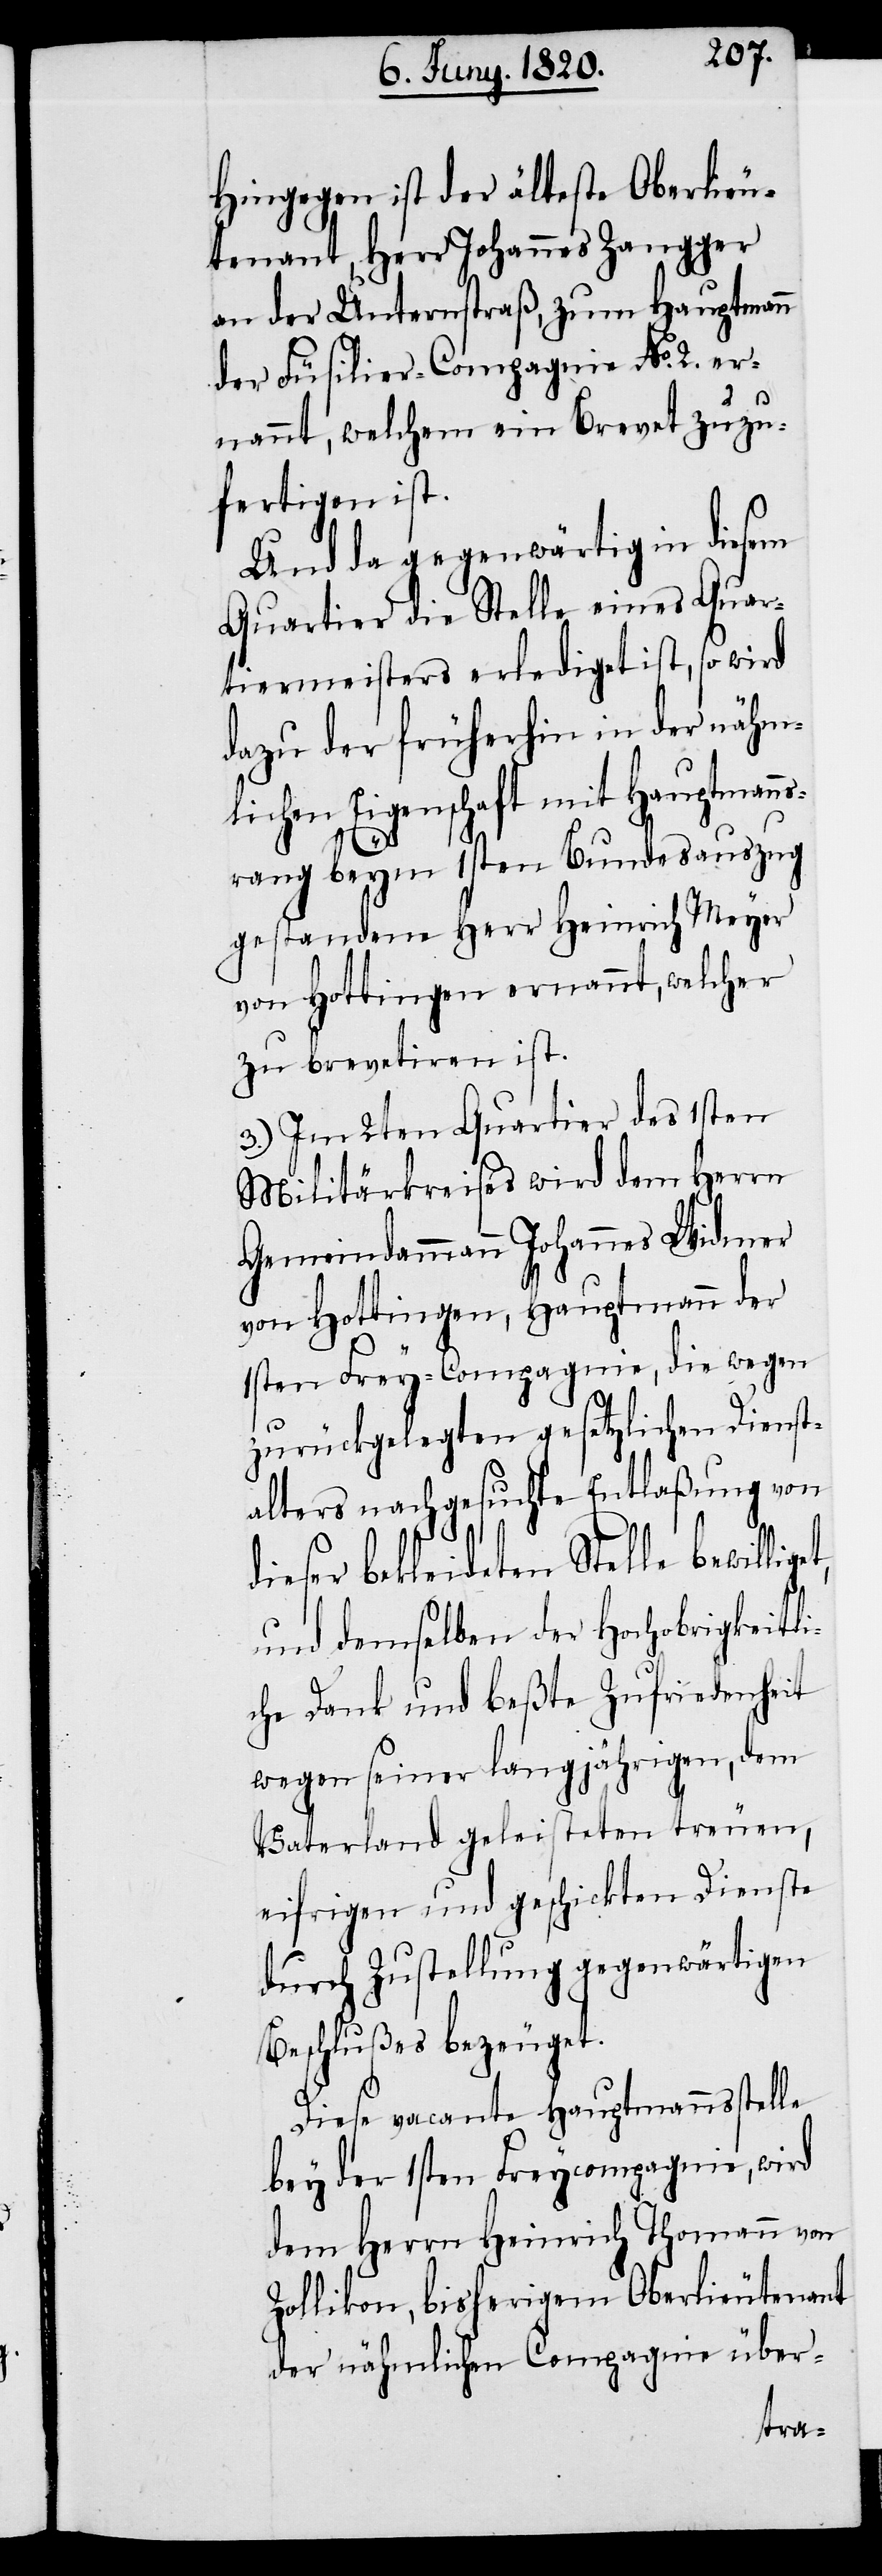
Hingegen ist der älteste Oberlieu¬
tenant, Herr Johannes Zangger
an der Unterstraß, zum Hauptmann
der Füsilier-Compagnie No. 2. er¬
nannt, welchem ein Brevet zuzu¬
fertigen ist.
Und da gegenwärtig in diesem
Quartier die Stelle eines Quar¬
tiermeisters erlediget ist, so wird
dazu der früherhin in der nähm¬
lichen Eigenschaft mit Hauptmann¬
srang beym 1sten Bundesauszug
gestandene Herr Heinrich Meyer
von Hottingen ernannt, welcher
zu brevetiren ist.
3.) Im 2ten Quartier des 1sten
Militärkreises wird dem Herrn
Gemeindammann Johannes Widmer
von Hottingen, Hauptmann der
1sten Frey-Compagnie, die wegen
zurückgelegten gesetzlichen Dienst¬
alters nachgesuchte Entlaßung von
dieser bekleideten Stelle bewillige¬
und demselben der Hochobrigkeitli¬
che Dank und beßte Zufriedenheit
wegen seiner langjährigen, dem
Vaterland geleisteten treuen,
eifrigen und geschickten Dienste
durch Zustellung gegenwärtigen
Beschlußes bezeuget.
Diese vacante Hauptmannsstelle
bey der 1sten Freycompagnie, wird
dem Herrn Heinrich Thomann von
Zollikon, bisherigem Oberlieutenant
der nähmlichen Compagnie über-
t,